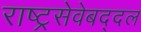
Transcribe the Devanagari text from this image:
राष्ट्रसेवेबद्दल